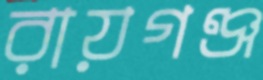
রায়গঞ্জ